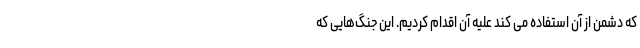
که دشمن از آن استفاده می­ کند علیه آن اقدام کردیم. این جنگ­‌هایی که